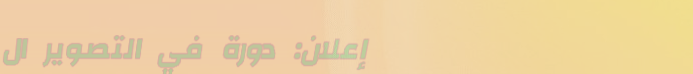
إعلان: دورة في التصوير ال